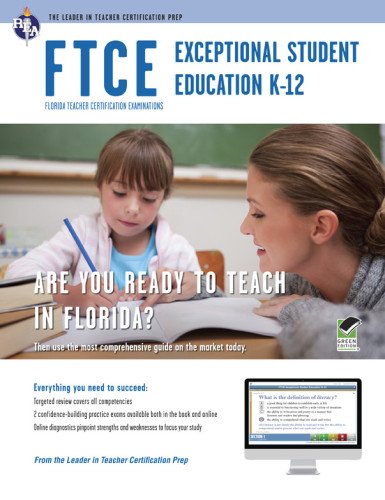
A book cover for FTCE Exceptional Student Education K-12 Book + Online (FTCE Teacher Certification Test Prep); Ken Springer; Test Preparation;